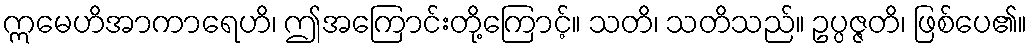
ဣမေဟိအာကာရေဟိ၊ ဤအကြောင်းတို့ကြောင့်။ သတိ၊ သတိသည်။ ဥပ္ပဇ္ဇတိ၊ ဖြစ်ပေ၏။